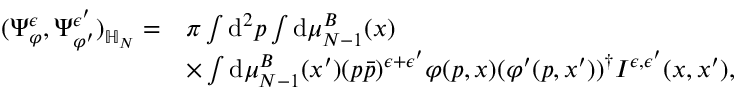
\begin{array} { r l } { ( \Psi _ { \varphi } ^ { \epsilon } , \Psi _ { \varphi ^ { \prime } } ^ { \epsilon ^ { \prime } } ) _ { { \mathbb H } _ { N } } = } & { \pi \int \mathrm { d } ^ { 2 } p \int \mathrm { d } \mu _ { N - 1 } ^ { B } ( x ) } \\ & { \times \int \mathrm { d } \mu _ { N - 1 } ^ { B } ( x ^ { \prime } ) ( p \bar { p } ) ^ { \epsilon + \epsilon ^ { \prime } } \varphi ( p , x ) ( \varphi ^ { \prime } ( p , x ^ { \prime } ) ) ^ { \dagger } I ^ { \epsilon , \epsilon ^ { \prime } } ( x , x ^ { \prime } ) , } \end{array}